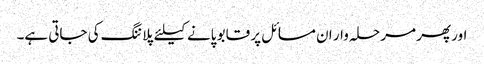
اور پھر مرحلہ وار ان مسائل پر قابو پانے کیلئے پلاننگ کی جاتی ہے۔